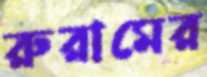
রুরামের